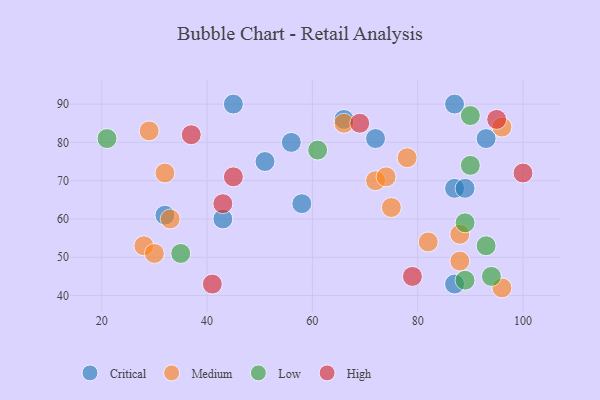
{"axis": {"x": "GDP", "y": "Life Expectancy"}, "legend": ["Critical", "High", "Low", "Medium"], "data": [{"x": "32", "y": 61, "type": "Critical"}, {"x": "45", "y": 90, "type": "Critical"}, {"x": "43", "y": 60, "type": "Critical"}, {"x": "87", "y": 68, "type": "Critical"}, {"x": "87", "y": 90, "type": "Critical"}, {"x": "93", "y": 81, "type": "Critical"}, {"x": "58", "y": 64, "type": "Critical"}, {"x": "66", "y": 86, "type": "Critical"}, {"x": "87", "y": 43, "type": "Critical"}, {"x": "89", "y": 68, "type": "Critical"}, {"x": "72", "y": 81, "type": "Critical"}, {"x": "56", "y": 80, "type": "Critical"}, {"x": "51", "y": 75, "type": "Critical"}, {"x": "29", "y": 83, "type": "Medium"}, {"x": "88", "y": 56, "type": "Medium"}, {"x": "28", "y": 53, "type": "Medium"}, {"x": "88", "y": 49, "type": "Medium"}, {"x": "32", "y": 72, "type": "Medium"}, {"x": "72", "y": 70, "type": "Medium"}, {"x": "75", "y": 63, "type": "Medium"}, {"x": "78", "y": 76, "type": "Medium"}, {"x": "96", "y": 42, "type": "Medium"}, {"x": "74", "y": 71, "type": "Medium"}, {"x": "96", "y": 84, "type": "Medium"}, {"x": "66", "y": 85, "type": "Medium"}, {"x": "30", "y": 51, "type": "Medium"}, {"x": "33", "y": 60, "type": "Medium"}, {"x": "82", "y": 54, "type": "Medium"}, {"x": "61", "y": 78, "type": "Low"}, {"x": "35", "y": 51, "type": "Low"}, {"x": "90", "y": 74, "type": "Low"}, {"x": "90", "y": 87, "type": "Low"}, {"x": "21", "y": 81, "type": "Low"}, {"x": "94", "y": 45, "type": "Low"}, {"x": "89", "y": 59, "type": "Low"}, {"x": "93", "y": 53, "type": "Low"}, {"x": "89", "y": 44, "type": "Low"}, {"x": "79", "y": 45, "type": "High"}, {"x": "41", "y": 43, "type": "High"}, {"x": "69", "y": 85, "type": "High"}, {"x": "43", "y": 64, "type": "High"}, {"x": "45", "y": 71, "type": "High"}, {"x": "100", "y": 72, "type": "High"}, {"x": "95", "y": 86, "type": "High"}, {"x": "37", "y": 82, "type": "High"}]}